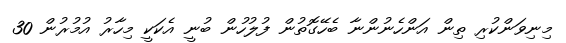
މިނިވަންކުރި ތިން އަންހެނުންނާ ބެހޭގޮތުން ފުލުހުން ބުނީ އެކަކީ މިހާރު އުމުރުން 30